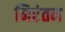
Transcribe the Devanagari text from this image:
निरंतन